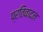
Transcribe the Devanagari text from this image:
प्रतिवादन